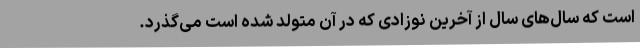
است که سال‌های سال از آخرین نوزادی که در آن متولد شده است می‌گذرد.